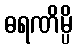
ဓရဏိမ္ပိ